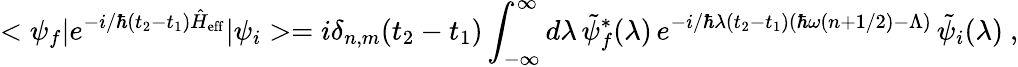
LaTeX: <\psi_{f}|e^{-i/\hbar(t_{2}-t_{1})\hat{H}_{\mathrm{eff}}}|\psi_{i}>=i\delta_{n,m}(t_{2}-t_{1})\int_{-\infty}^{\infty}d\lambda\, \tilde{\psi}_{f}^{*}(\lambda)\, e^{-i/\hbar\lambda(t_{2}-t_{1})(\hbar\omega(n+1/2)-\Lambda)}\, \tilde{\psi}_{i}(\lambda)\ ,